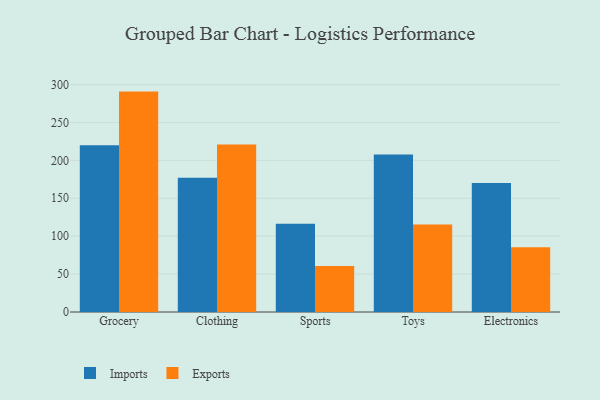
{"axis": {"x": "Category", "y": "Tickets Resolved"}, "legend": ["Exports", "Imports"], "data": [{"x": "Grocery", "y": 220.1, "type": "Imports"}, {"x": "Grocery", "y": 290.7, "type": "Exports"}, {"x": "Clothing", "y": 177.2, "type": "Imports"}, {"x": "Clothing", "y": 220.9, "type": "Exports"}, {"x": "Sports", "y": 116.4, "type": "Imports"}, {"x": "Sports", "y": 60.7, "type": "Exports"}, {"x": "Toys", "y": 207.9, "type": "Imports"}, {"x": "Toys", "y": 115.5, "type": "Exports"}, {"x": "Electronics", "y": 170.1, "type": "Imports"}, {"x": "Electronics", "y": 85.5, "type": "Exports"}]}